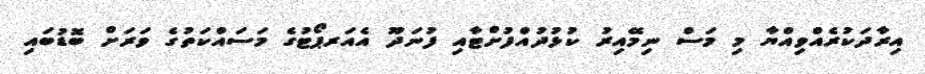
އިރާދަކުރެއްވިއްޔާ މި މަސް ނިމޭއިރު ކުޅުދުއްފުށްޓާއި ފުނަދޫ އެއަރޕޯޓުގެ މަސައްކަތުގެ ވަރަށް ބޮޑުބައި